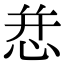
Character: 㤣